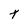
Character: T